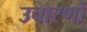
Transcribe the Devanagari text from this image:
उचारणों